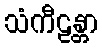
သံကီဠန္တာ